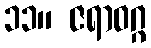
၁၁။ ဇရာဝဂ္ဂ